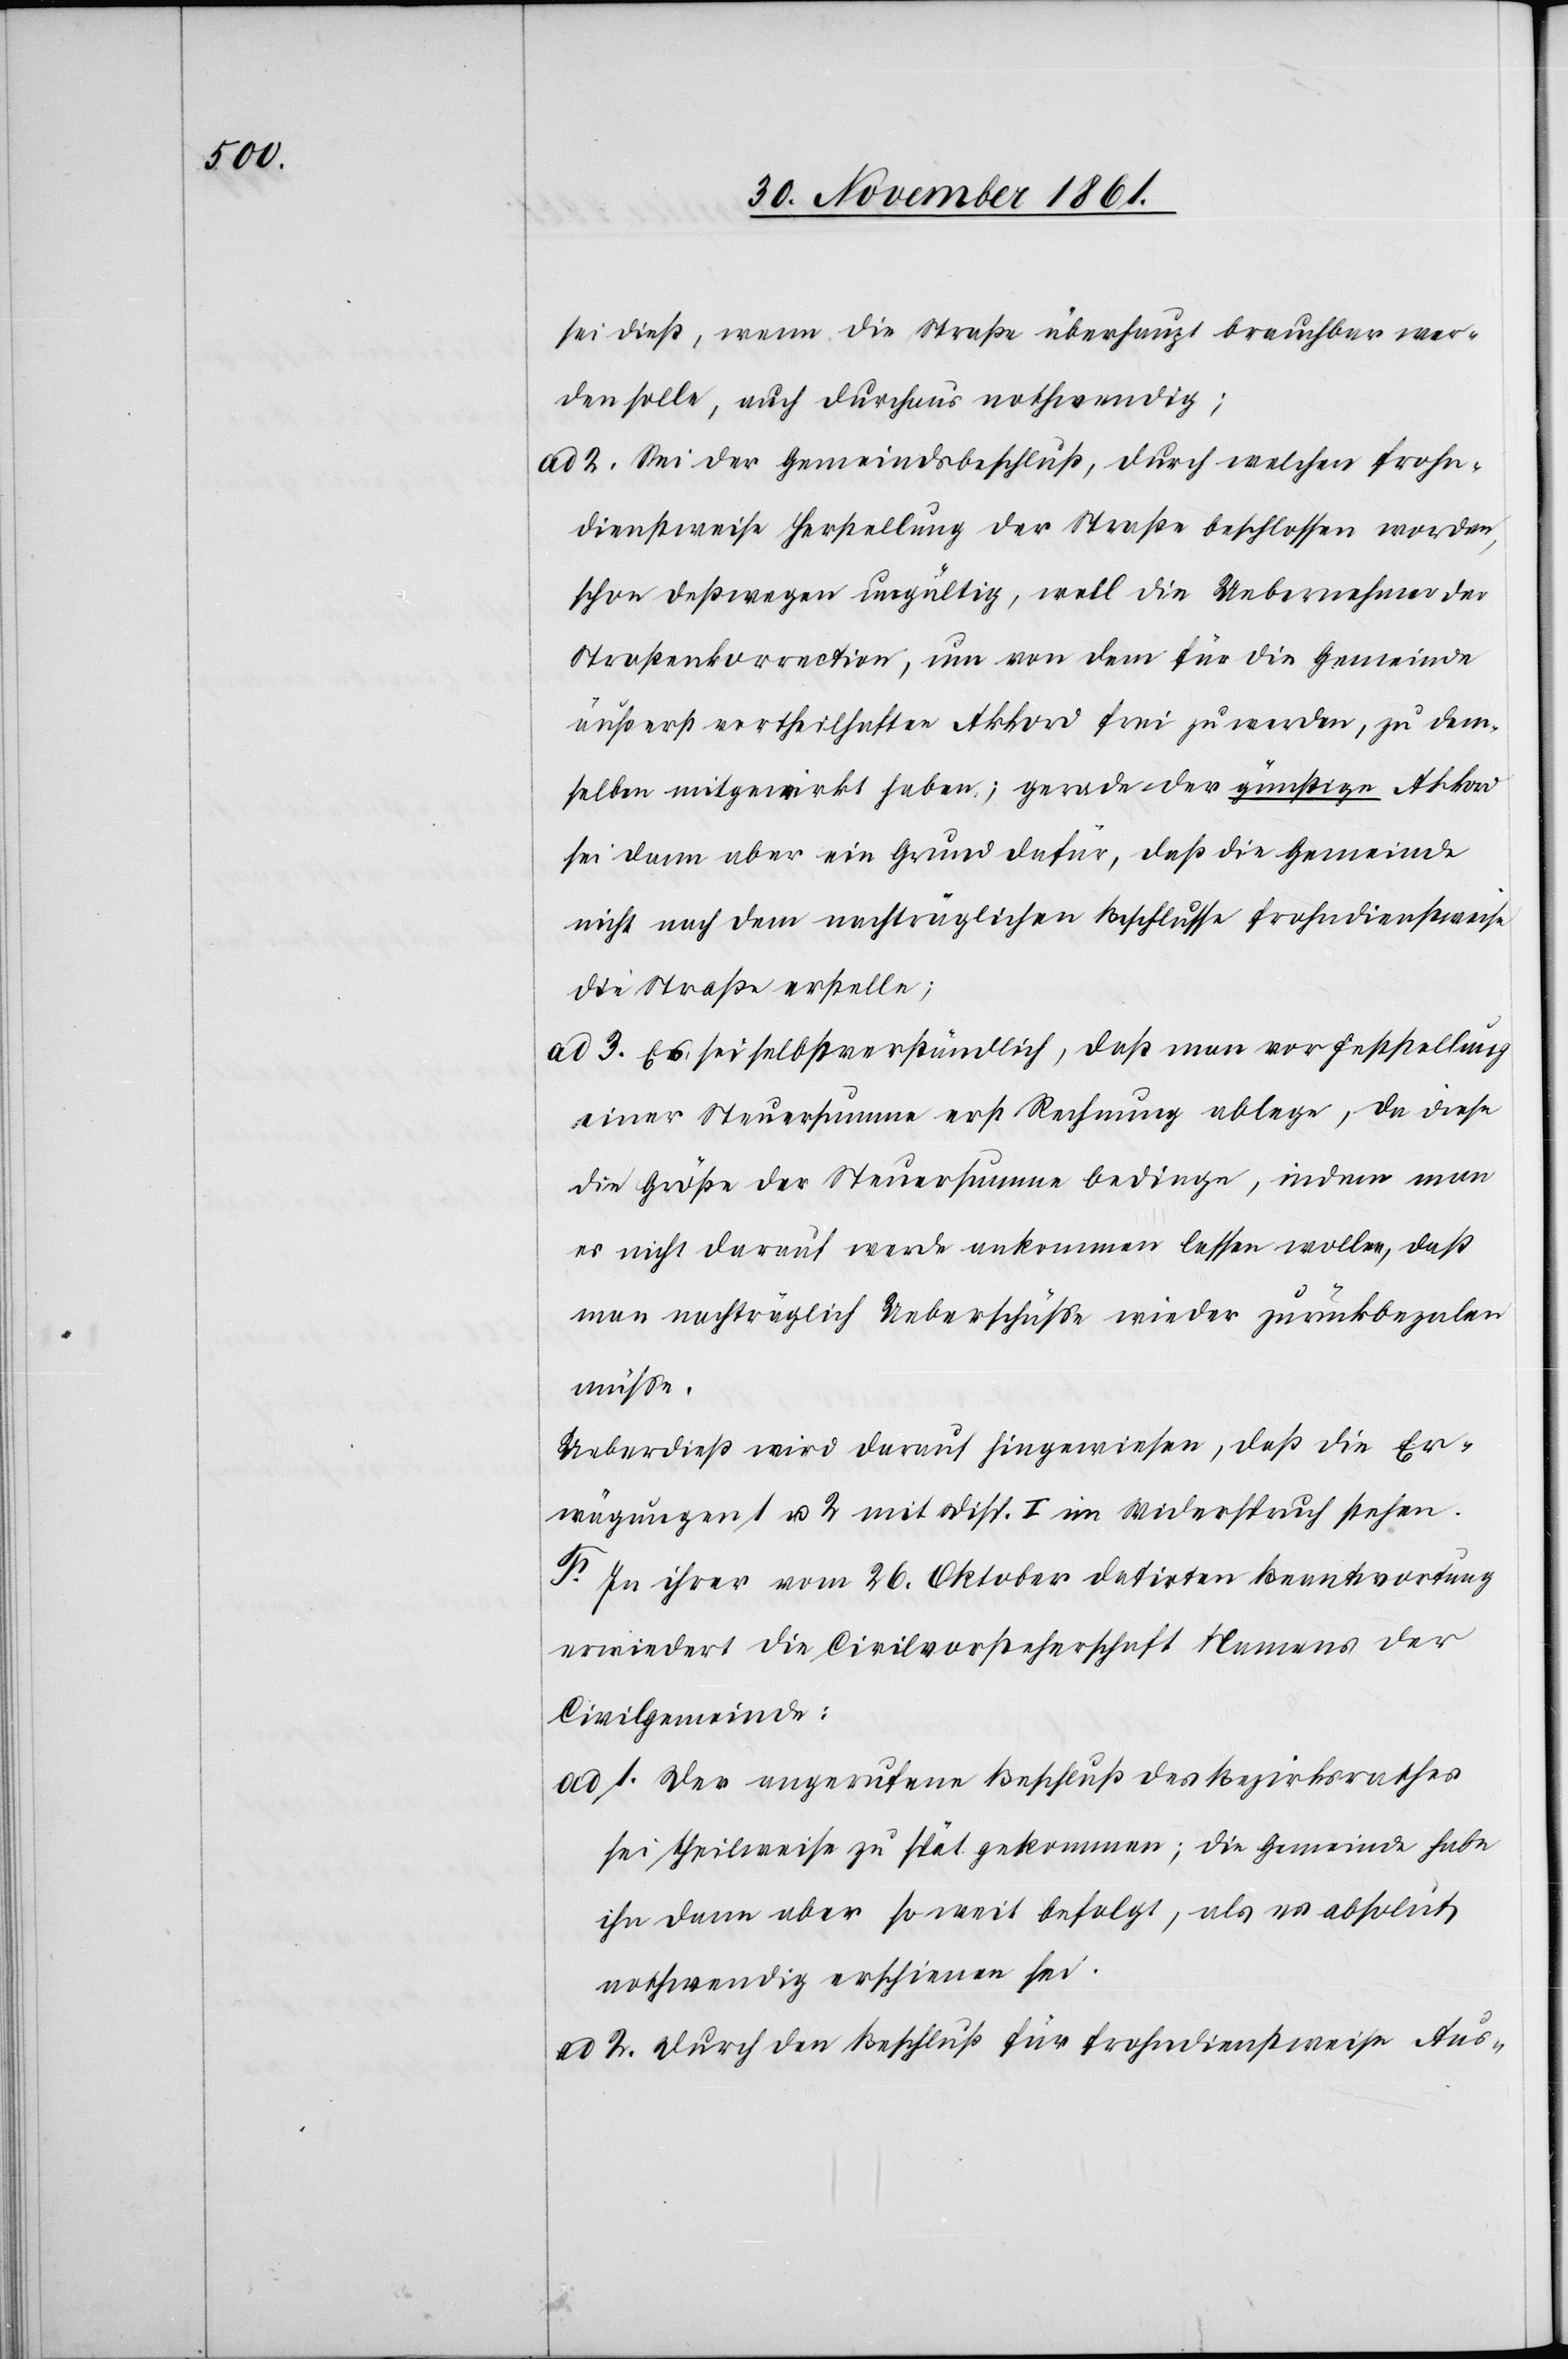
sei dieß, wenn die Straße überhaupt brauchbar wer¬
den solle, auch durchaus nothwendig;
ad. 2. Sei der Gemeindsbeschluß, durch welchen frohn¬
dienstweise Herstellung der Straße beschlossen worden,
schon deßwegen ungültig, weil die Uebernehmer der
Straßenkorrektion, um von dem für die Gemeinde
äußerst vortheilhaften Akkord frei zu werden, zu dem¬
selben mitgewirkt haben; gerade der günstige Akkord
sei dann aber ein Grund dafür, daß die Gemeinde
nicht nach dem nachträglichen Beschlusse frohndienstweise
die Straße erstelle;
ad 3. Es sei selbstverständlich, daß man vor Feststellung
einer Steuersumme erst Rechnung ablege, da diese
die Größe der Steuersumme bedinge, indem man
es nicht darauf werde ankommen lassen wolle, daß
man nachträglich Ueberschüße wieder zurückbezalen
müße.
Ueberdieß wird darauf hingewiesen, daß die Er¬
wägungen 1 u. 2 mit Disp. I im Widerspruch stehen.
F. In ihrer vom 26 Oktober datirten Beantwortung
erwiedert die Civilvorsteherschaft Namens der
Civilgemeinde:
ad 1. Der angerufene Beschluß des Bezirksrathes
sei theilweise zu spät gekommen; die Gemeinde habe
ihn dann aber soweit befolgt, als es absolut
nothwendig erschienen sei.
ad 2. Durch den Beschluß für Frohndienstweise Aus-